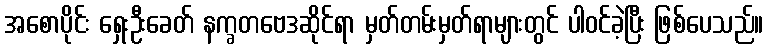
အစောပိုင်း ရှေးဦးခေတ် နက္ခတဗေဒဆိုင်ရာ မှတ်တမ်းမှတ်ရာများတွင် ပါဝင်ခဲ့ပြီး ဖြစ်ပေသည်။